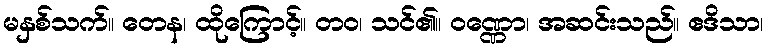
မနှစ်သက်။ တေန၊ ထိုကြောင့်။ တဝ၊ သင်၏။ ဝဏ္ဏော၊ အဆင်းသည်။ ဧဒိသာ၊